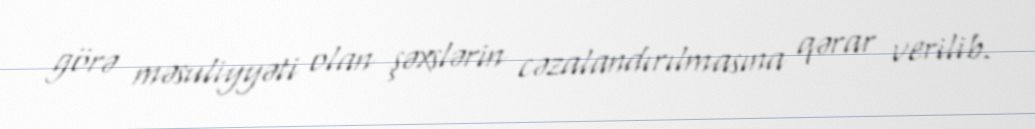
görə məsuliyyəti olan şəxslərin cəzalandırılmasına qərar verilib.